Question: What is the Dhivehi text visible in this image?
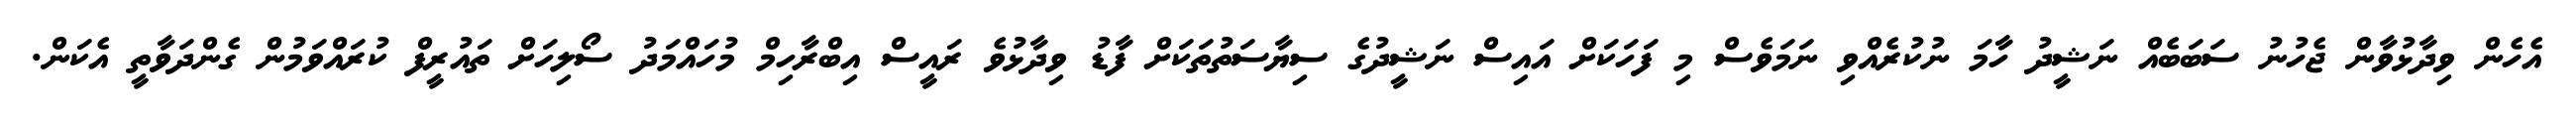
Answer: އެހެން ވިދާޅުވާން ޖެހުނު ސަބަބެއް ނަޝީދު ހާމަ ނުކުރެއްވި ނަމަވެސް މި ފަހަކަށް އައިސް ނަޝީދުގެ ސިޔާސަތުތަކަށް ފާޑު ވިދާޅުވެ ރައީސް އިބްރާހިމް މުހައްމަދު ސޯލިހަށް ތައުރީފް ކުރައްވަމުން ގެންދަވާތީ އެކަން.